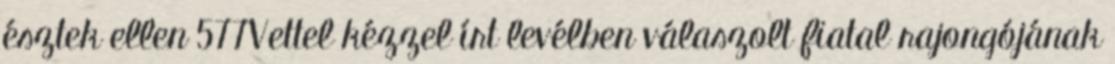
észtek ellen 577Vettel kézzel írt levélben válaszolt fiatal rajongójának